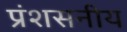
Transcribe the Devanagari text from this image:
प्रंशसनीय